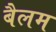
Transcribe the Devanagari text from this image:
बैलम